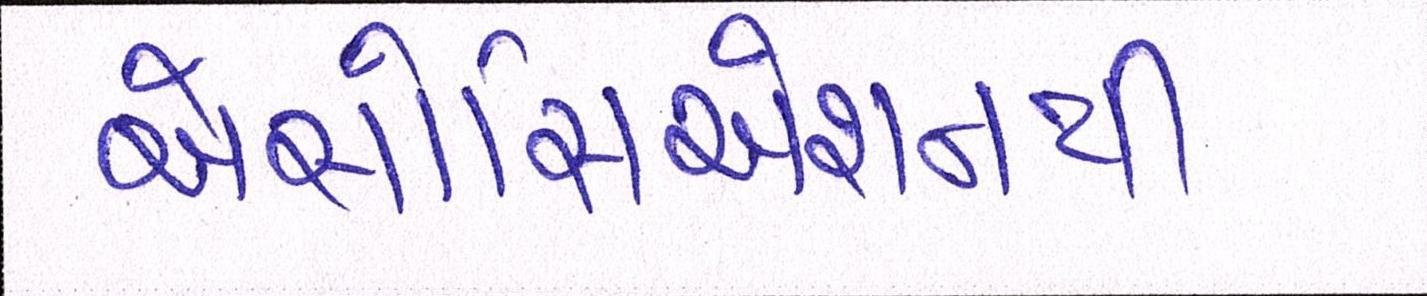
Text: એસોસિએશનની